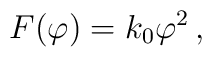
F(\varphi) = k_{0}{\varphi}^2 \,,